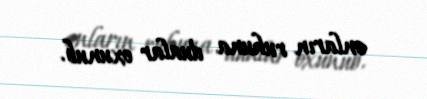
onların ruhuna dualar oxunub.